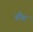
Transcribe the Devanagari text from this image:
बॅँक